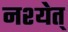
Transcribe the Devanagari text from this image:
नश्येत्